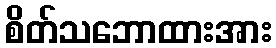
စိတ်သဘောထားအား